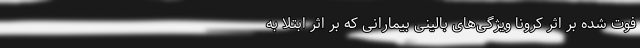
فوت شده بر اثر کرونا ویژگی‌های بالینی بیمارانی که بر اثر ابتلا به